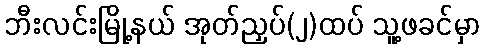
ဘီးလင်းမြို့နယ် အုတ်ညှပ်(၂)ထပ် သူ့ဖခင်မှာ